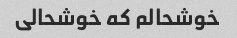
خوشحالم که خوشحالی